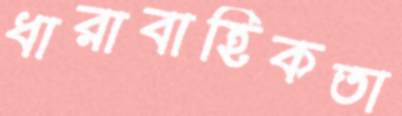
ধারাবাহিকতা